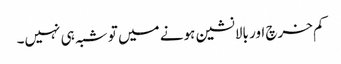
کم خرچ اور بالانشین ہونے میں تو شبہ ہی نہیں۔